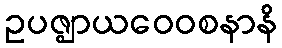
ဥပဇ္ဈာယဝေဝစနာနိ